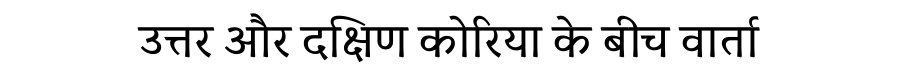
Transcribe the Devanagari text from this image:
उत्तर और दक्षिण कोरिया के बीच वार्ता